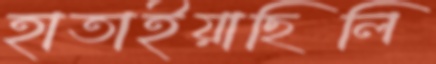
হাতাইয়াছিলি